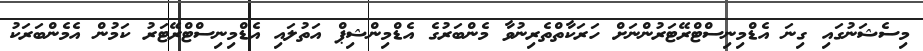
މިސެޝަނުގައި ގިނަ އެޑްމިނިސްޓްރޭޓަރުންނަށް ހަރަކާތްތެރިނުވާ މެންބަރުގެ އެޑްމިންޝިޕް އަތުލައި އެޑްމިނިސްޓްރޭޓަރު ކަމުން އެމެންބަރަކު